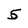
Character: 5